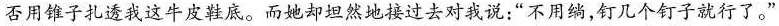
否用锥子扎请我这牛皮鞋底。而她却坦然地接过去对我说：”不用，钉几个钉子就行了。”